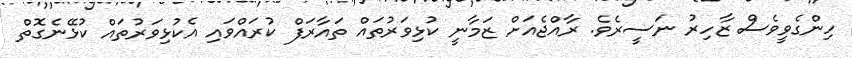
ހިންގެވީވެސް ޒާހިރު ނަސީރެވެ. ރާއްޖެއަށް ޒަމާނީ ކުޅިވަރުތައް ތައާރަފް ކުރައްވައި އެކުޅިވަރުތައް ކުޅޭނެގޮތް